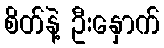
စိတ်နဲ့ ဦးနှောက်